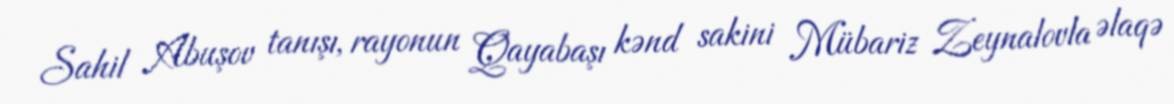
Sahil Abuşov tanışı, rayonun Qayabaşı kənd sakini Mübariz Zeynalovla əlaqə